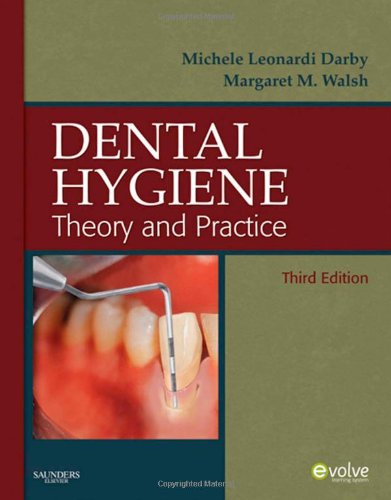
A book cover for Dental Hygiene: Theory and Practice, 3e; Michele Leonardi Darby BSDH  MS; Medical Books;